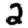
Digit: 2